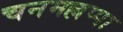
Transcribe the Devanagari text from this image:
चनमल्लप्पा